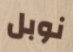
نوبل